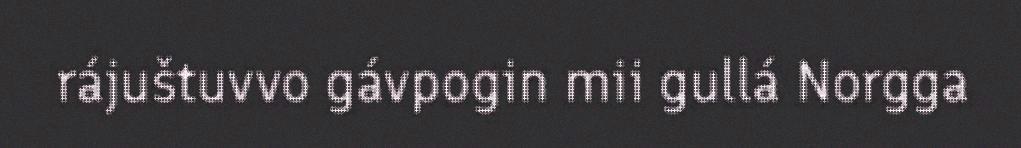
rájuštuvvo gávpogin mii gullá Norgga